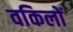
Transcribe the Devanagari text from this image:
वकिलों